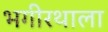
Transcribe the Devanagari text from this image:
भगीरथाला